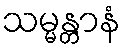
သမ္မန္တာနံ